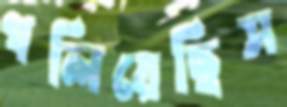
গলিয়েছিস